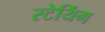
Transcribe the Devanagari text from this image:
स्टेयिंग